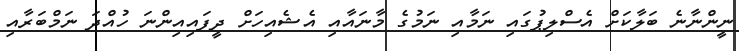
ނީންނާނެ ބަލާކަށް އެސްލިޕުގައި ނަމާއި ނަމުގެ މާނައާއި އެޝެއިހަށް ދީފައިއިންނަ ހުއްދަ ނަމްބަރާއި